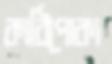
কাঠিপোকা